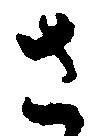
さ